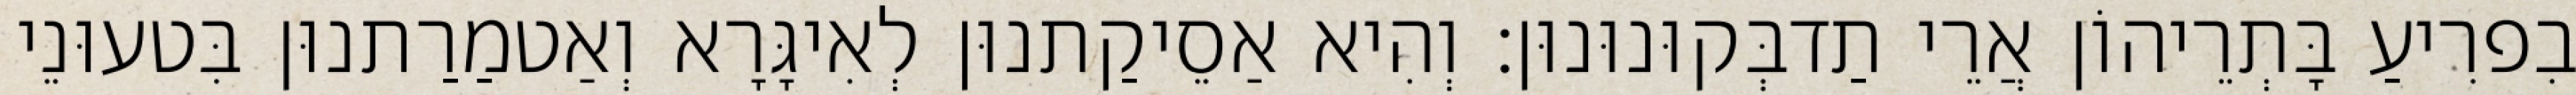
בִפרִיעַ בָּתְרֵיהוֹן אֲרֵי תַדבְּקוּנוּנוּן׃ וְהִיא אַסֵיקַתנוּן לְאִיגָּרָא וְאַטמַרַתנוּן בִּטעוּנֵי